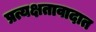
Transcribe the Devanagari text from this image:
प्रत्यक्षतावादात